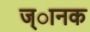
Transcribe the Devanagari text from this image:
ज्ानक